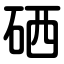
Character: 硒